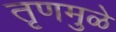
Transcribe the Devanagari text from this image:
तृणमुळे